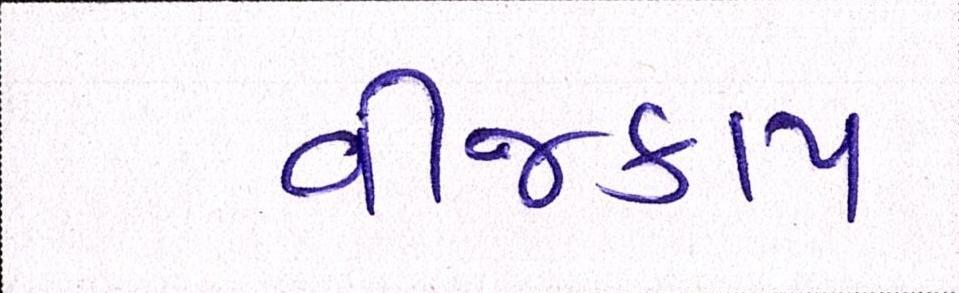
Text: વીજકાપ